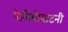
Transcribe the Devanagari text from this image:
पेलियोबाटनी